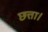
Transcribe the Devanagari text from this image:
छत्ता।